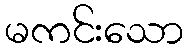
မကင်းသော